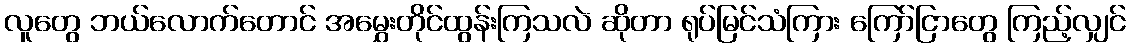
လူတွေ ဘယ်လောက်တောင် အမွှေးတိုင်ထွန်းကြသလဲ ဆိုတာ ရုပ်မြင်သံကြား ကြော်ငြာတွေ ကြည့်လျှင်